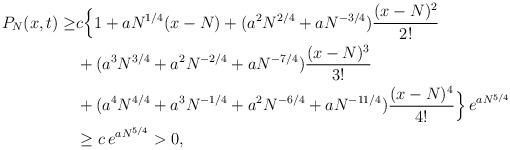
LaTeX: \begin{align*}P_N(x,t)\ge &c\Big\{ 1+ aN^{1/4}(x-N)+(a^2N^{2/4}+aN^{-3/4})\frac{(x-N)^2}{2!}\\&+ (a^3N^{3/4}+a^2N^{-2/4}+a N^{-7/4})\frac{(x-N)^3}{3!}\\&+( a^4N^{4/4}+a^3N^{-1/4}+a^2N^{-6/4}+aN^{-11/4})\frac{(x-N)^4}{4!}\Big\}\,e^{aN^{5/4}}\\&\ge c\,e^{aN^{5/4}}>0,\end{align*}